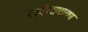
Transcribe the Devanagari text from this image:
खमैररामायण